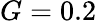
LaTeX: G=0.2